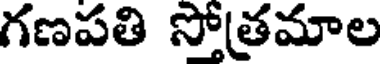
గణపతి సోత్రమాల